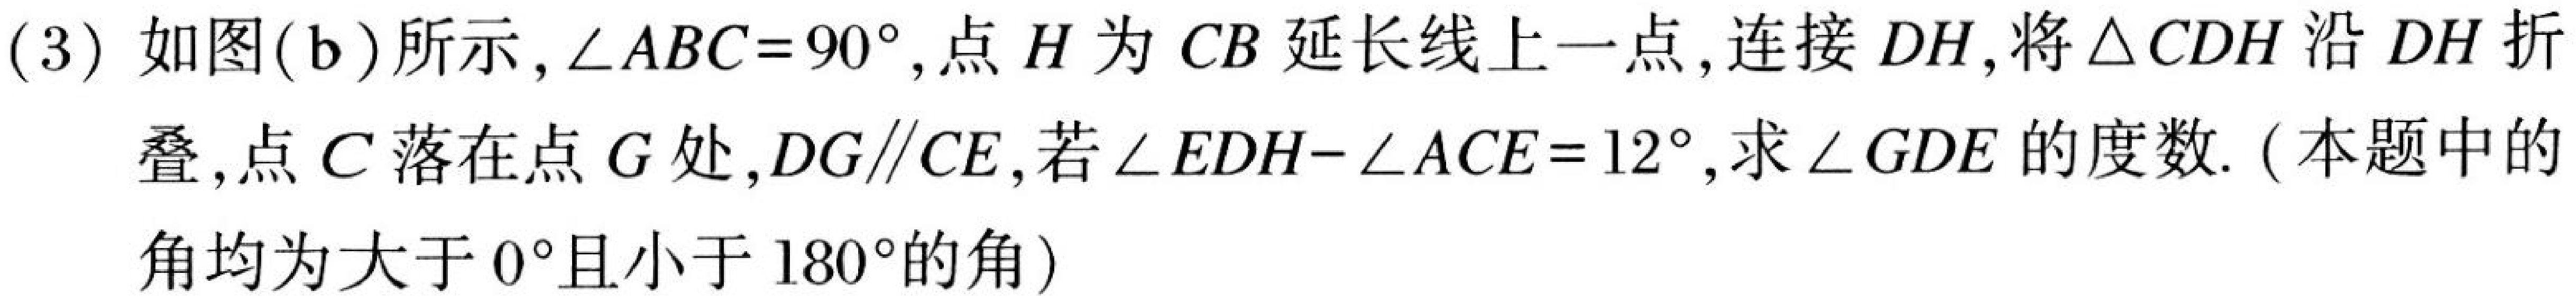
(3) 如图(b)所示,\(\angle ABC = 90^{\circ}\),点\(H\)为\(CB\)延长线上一点,连接\(DH\),将\(\triangle CDH\)沿\(DH\)折
叠,点\(C\)落在点\(G\)处,\(DG\parallel CE\),若\(\angle EDH-\angle ACE = 12^{\circ}\),求\(\angle GDE\)的度数.(本题中的
角均为大于\(0^{\circ}\)且小于\(180^{\circ}\)的角)